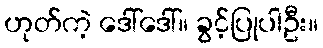
ဟုတ်ကဲ့ ဒေါ်ဒေါ်။ ခွင့်ပြုပါဦး။